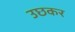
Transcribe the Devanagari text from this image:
उछकर